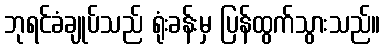
ဘုရင်ခံချုပ်သည် ရုံးခန်းမှ ပြန်ထွက်သွားသည်။